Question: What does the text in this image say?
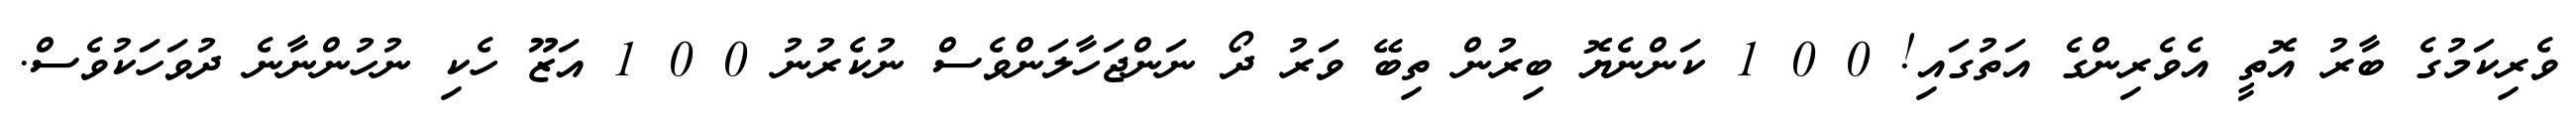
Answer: ވެރިކަމުގެ ބާރު އޮތީ އެވެރިންގެ އަތުގައި! 0 0 1 ކަންނެޔޮ ބިރުން ތިބޭ ވަރު ދޯ ނަންޖަހާލަންވެސް ނުކެރުނު 0 0 1 އަޒޫ ހެކި ނުހުންނާނެ ދުވަހަކުވެސް.